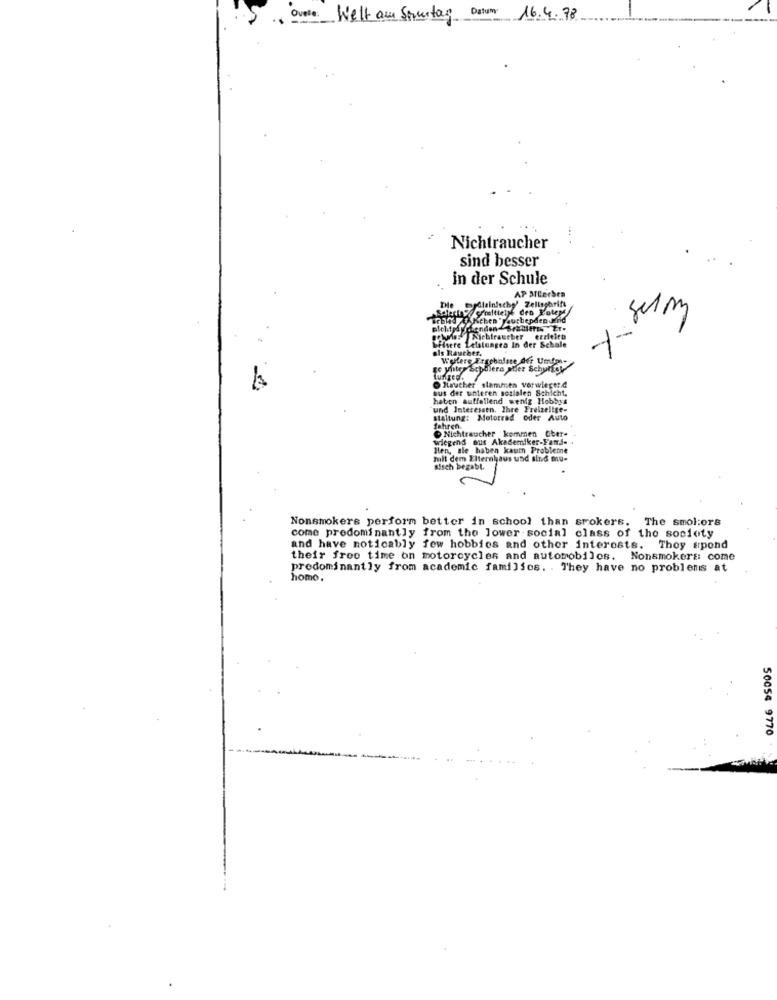
Ovele .
Welt am Sontag Datum:
16.4.78
Nichtraucher
sind besser
in der Schule
AP MEerben
THe
dlainisch
Zellschrift
Crmalttelje den Poleps
GERdy Keben "rauchepden Jind
plehit dy dienden Sekuleres Er.
Fisere Leistungen In der Schale
Siebfraceber erzielen
Is Rauther.
Weflere Ergebnisse der Umfor-
re yinter sophiera ahier Schultek
Lungep.
Itaucher stammen verwiege :. d
sus der unteren sozialen Schicht,
haben auffallend wenig Hobbys
und Interessen. Ihre Freizeitge-
staltung: Motorrad Oder Auto
Nichtraucher kommen aber-
fahren.
wiegens aus Akademiker-Fans. .
Ilen, ale haben kaum Probleme
mit dem Elternhaus und sind mu-
Bisch begabt.
Nonsmokers perform better in school than srokers. The smol:ors
come predominantly from the lower social class of the society
and have noticably few hobbies and other interests. Thoy spond
their free time on motorcycles and automobiles. Nonsmokers: come
predominantly from academic families. . They have no problems at
homo.
50054 9770